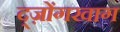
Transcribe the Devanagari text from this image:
द्ज़ोंगखाग